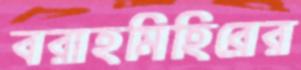
বরাহমিহিরের